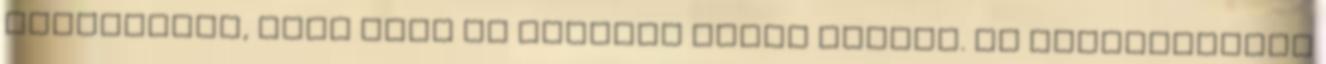
hadsereget, igaz maga is halálos sebet kapott. Ám eljátszottam